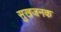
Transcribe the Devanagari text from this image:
सुखजनक